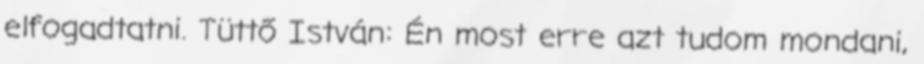
elfogadtatni. Tüttő István: Én most erre azt tudom mondani,